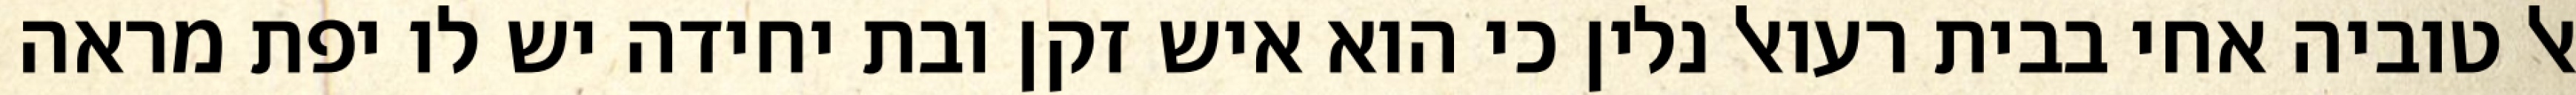
אל טוביה אחי בבית רעואל נלין כי הוא איש זקן ובת יחידה יש לו יפת מראה